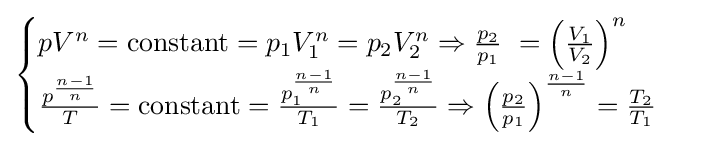
{\begin{cases}pV^{n}={\text{constant}}=p_{1}V_{1}^{n}=p_{2}V_{2}^{n}\Rightarrow {\frac {p_{2}}{p_{1}}}\ =\left({\frac {V_{1}}{V_{2}}}\right)^{n}&\\{\frac {p^{\frac {n-1}{n}}}{T}}={\text{constant}}={\frac {p_{1}^{\frac {n-1}{n}}}{T_{1}}}={\frac {p_{2}^{\frac {n-1}{n}}}{T_{2}}}\Rightarrow \left({\frac {p_{2}}{p_{1}}}\right)^{\frac {n-1}{n}}={\frac {T_{2}}{T_{1}}}&\end{cases}}